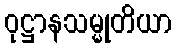
ဝုဋ္ဌာနသမ္မုတိယာ